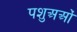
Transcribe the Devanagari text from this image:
पशुअओं